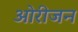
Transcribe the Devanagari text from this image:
ओरीजन